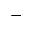
\mathrm { - }